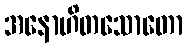
အနောဟိတသောတော